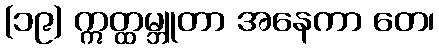
(၁၉) ဣတ္ထမ္ဘူတာ အနေကာ တေ၊